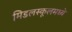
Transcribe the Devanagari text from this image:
मिडलस्कूलमध्ये